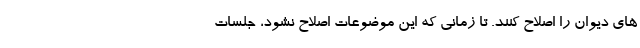
های دیوان را اصلاح کنند. تا زمانی که این موضوعات اصلاح نشود، جلسات